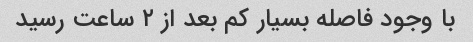
با وجود فاصله بسیار کم بعد از ۲ ساعت رسید